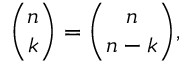
{ \binom { n } { k } } = { \binom { n } { n - k } } ,